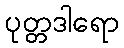
ပုတ္တဒါရော